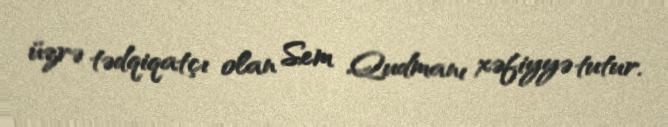
üzrə tədqiqatçı olan Sem Qudmanı xəfiyyə tutur.